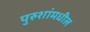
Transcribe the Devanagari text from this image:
पुरुशांमधील